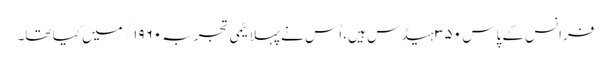
فرانس کے پاس ۳۵۰ ہیڈس ہیں، اُس نے پہلا یٹمی تجربہ ۱۹۶۰/ میں کیا تھا۔